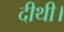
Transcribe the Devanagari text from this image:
दीथी।